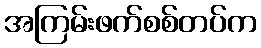
အကြမ်းဖက်စစ်တပ်က